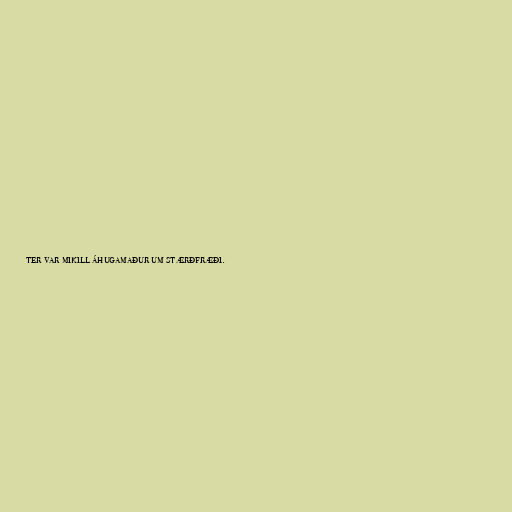
ter var mikill áhugamaður um stærðfræði.